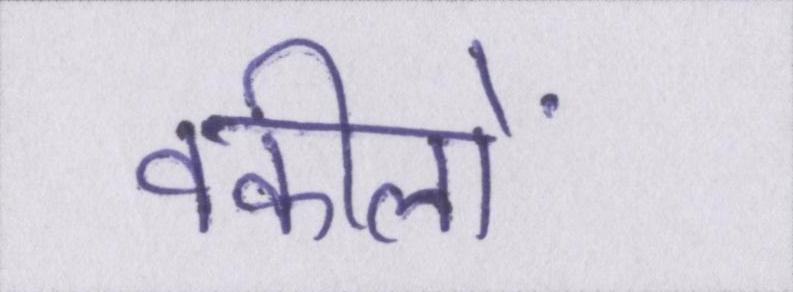
वकीलों